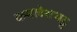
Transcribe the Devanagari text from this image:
कमलेशभट्ट